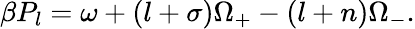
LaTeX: \beta P_{l}=\omega+\left(l+\sigma\right)\Omega_{+}-\left(l+n\right)\Omega_{-}.